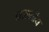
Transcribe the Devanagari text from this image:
न्रजातीय